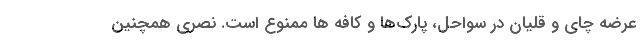
عرضه چای و قلیان در سواحل، پارک‌ها و کافه ها ممنوع است. نصری همچنین